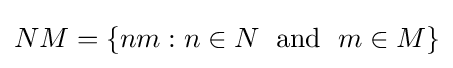
NM=\{nm:n\in N\;{\text{ and }}\;m\in M\}